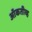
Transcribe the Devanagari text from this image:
ऑकतीव्ह